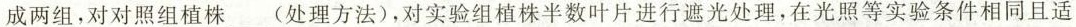
成两组，对对照组植株___(处理方法)，对实验组植株半数叶片进行遮光处理，在光照等实验条件相同且适